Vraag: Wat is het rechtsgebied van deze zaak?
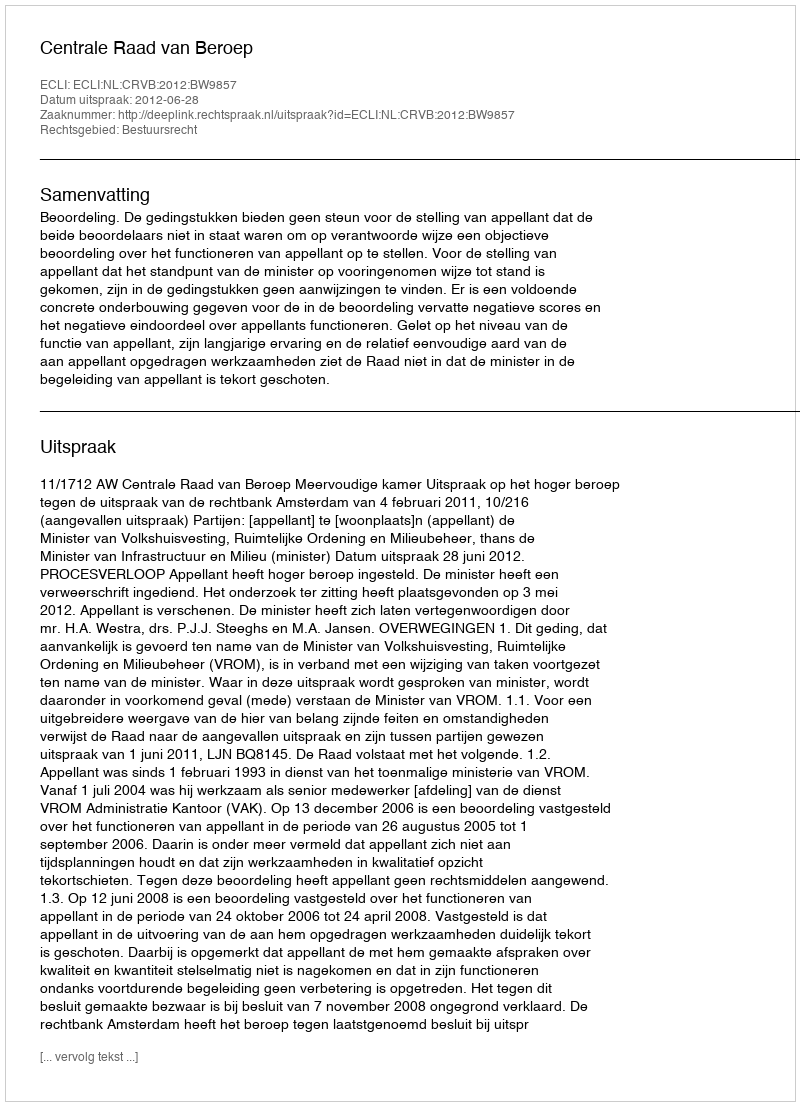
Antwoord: Bestuursrecht